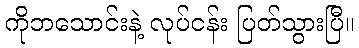
ကိုဘသောင်းနဲ့ လုပ်ငန်း ပြတ်သွားပြီ။